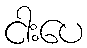
ငါးပေ